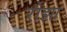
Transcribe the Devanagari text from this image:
रौझा